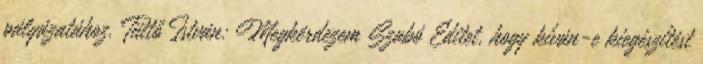
pályázatához. Tüttő István: Megkérdezem Szabó Editet, hogy kíván-e kiegészítést